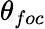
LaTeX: \theta_{foc}